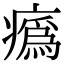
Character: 𤺉